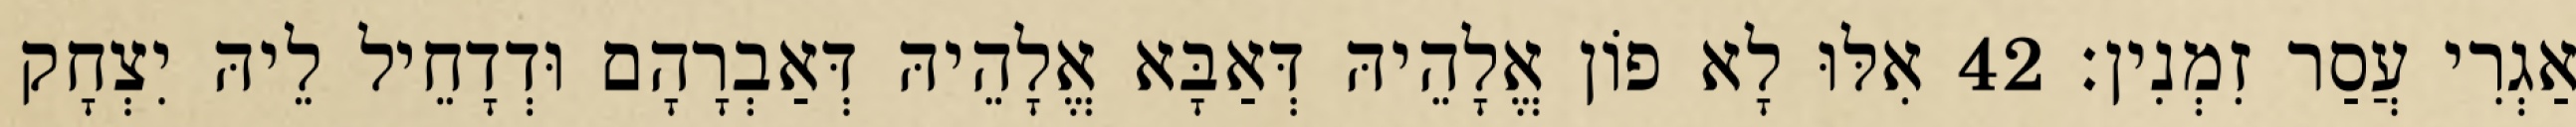
אַגְרִי עֲסַר זִמְנִין׃ 42 אִלּוּ לָא פוֹן אֱלָהֵיהּ דְּאַבָּא אֱלָהֵיהּ דְּאַבְרָהָם וּדְדָחֵיל לֵיהּ יִצְחָק